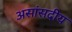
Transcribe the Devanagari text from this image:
असांसदीय